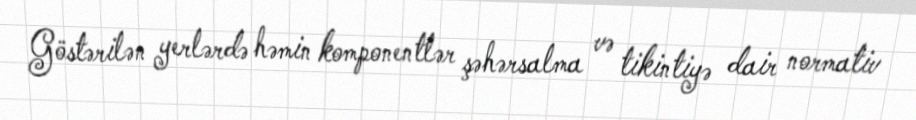
Göstərilən yerlərdə həmin komponentlər şəhərsalma və tikintiyə dair normativ